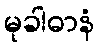
မုခါဓာနံ